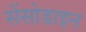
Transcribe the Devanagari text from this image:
सेंसोडाइन